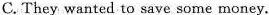
C.They wanted to save some money.